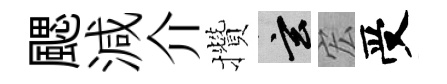
颸減介攢玄宏受